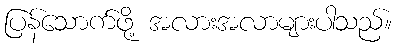
ပြန်သောက်ဖို့ အလားအလာများပါသည်။